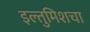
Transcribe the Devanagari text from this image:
इल्तुमिशचा